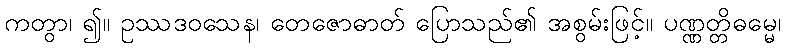
ကတွာ၊ ၍။ ဥဿဒဝသေန၊ တေဇောဓာတ် ပြောသည်၏ အစွမ်းဖြင့်။ ပဏ္ဏတ္တိဓမ္မေ၊